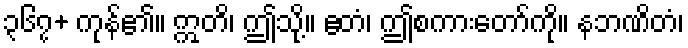
၃၆၇+ ကုန်၏။ ဣတိ၊ ဤသို့။ ဧတံ၊ ဤစကားတော်ကို။ နဘဏိတံ၊